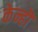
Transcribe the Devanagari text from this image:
केन्हॊ